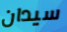
سيدان